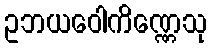
ဥဘယဝေါကိဏ္ဏေသု